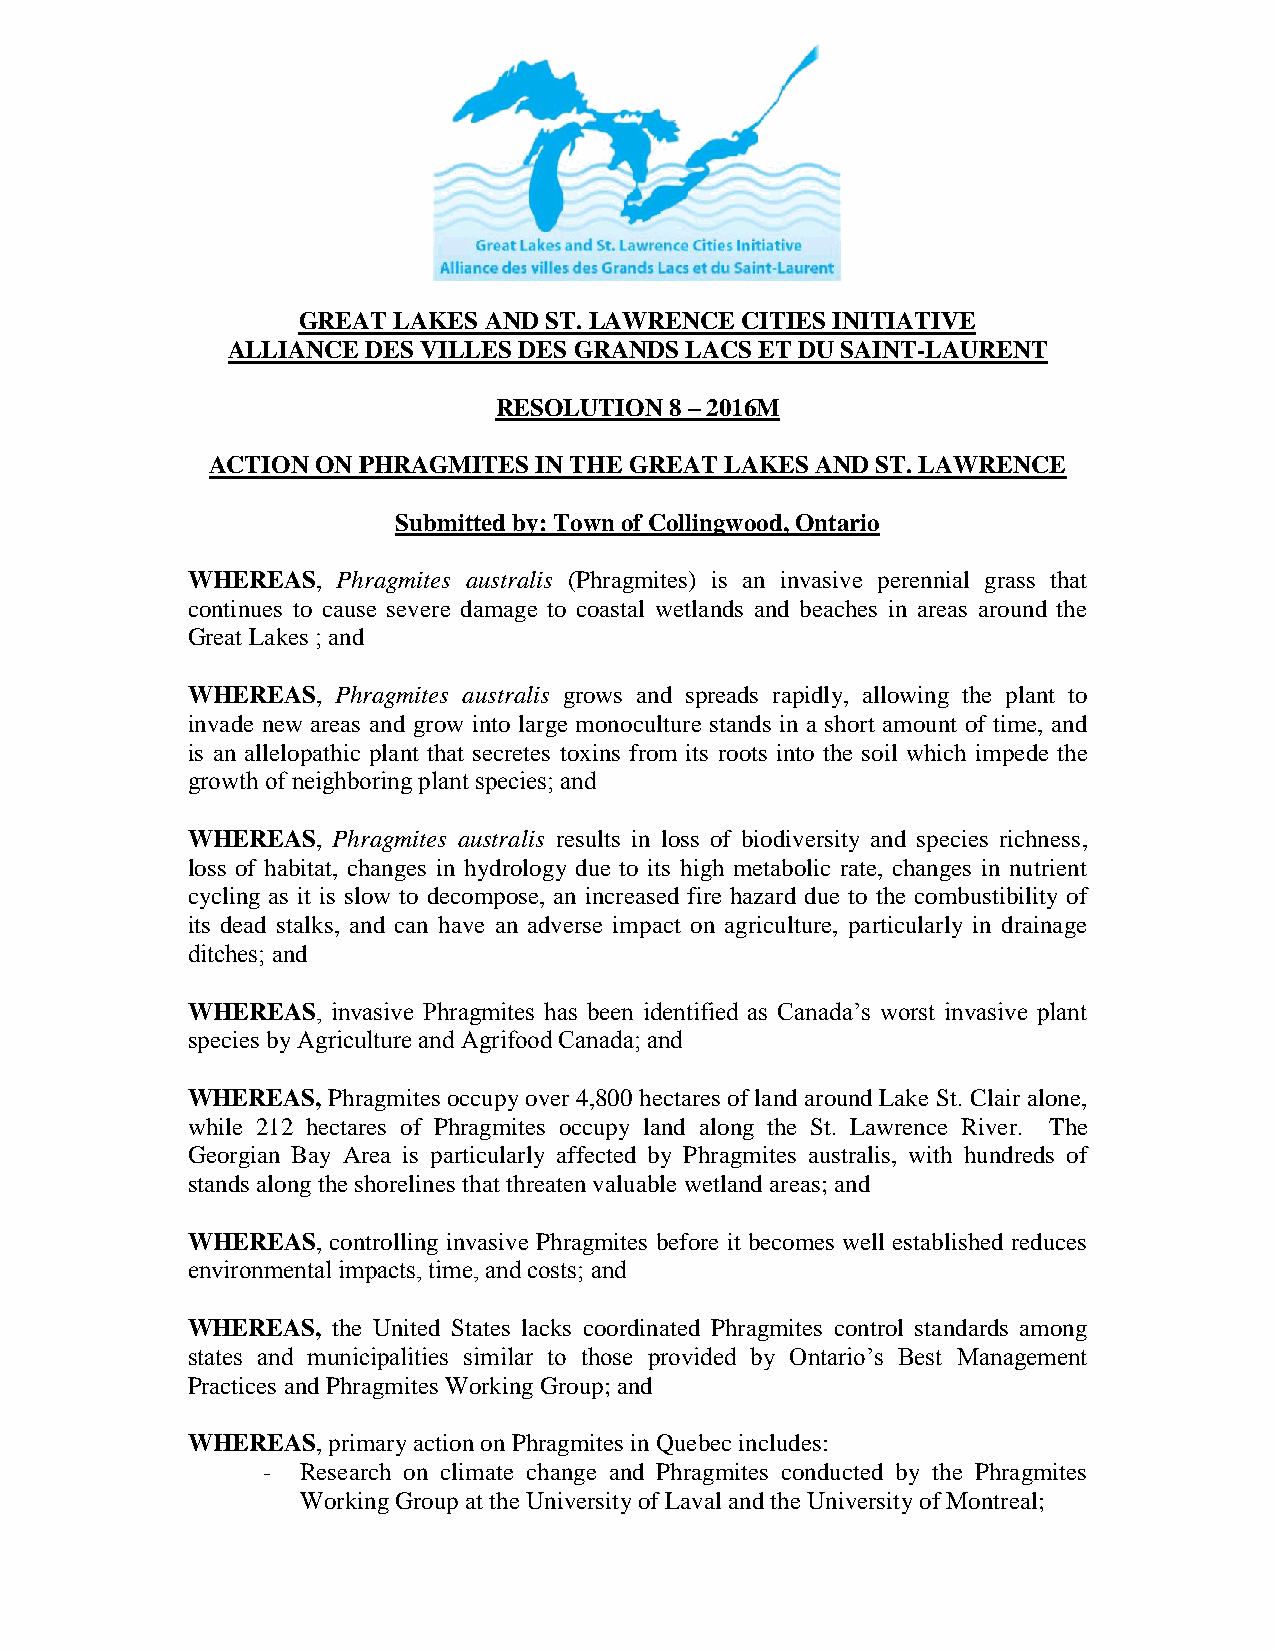
GREAT LAKES AND ST. LAWRENCE CITIES INITIATIVE
 ALLIANCE DES VILLES DES GRANDS LACS ET DU SAINT-LAURENT
 RESOLUTION 8 – 2016M
 ACTION ON PHRAGMITES IN THE GREAT LAKES AND ST. LAWRENCE
 Submitted by: Town of Collingwood, Ontario
 WHEREAS,  Phragmites australis (Phragmites) is an invasive perennial grass that
 continues to cause severe damage to coastal wetlands and beaches in areas around the
 Great Lakes ; and
 WHEREAS,  Phragmites australis grows and spreads rapidly, allowing the plant to
 invade new areas and grow into large monoculture stands in a short amount of time, and
 is an allelopathic plant that secretes toxins from its roots into the soil which impede the
 growth of neighboring plant species; and
 WHEREAS,  Phragmites australis results in loss of biodiversity and species richness,
 loss of habitat, changes in hydrology due to its high metabolic rate, changes in nutrient
 cycling as it is slow to decompose, an increased fire hazard due to the combustibility of
 its dead stalks, and can have an adverse impact on agriculture, particularly in drainage
 ditches; and
 WHEREAS,  invasive Phragmites has been identified as Canada’s worst invasive plant
 species by Agriculture and Agrifood Canada; and
 WHEREAS,  Phragmites occupy over 4,800 hectares of land around Lake St. Clair alone,
 while 212 hectares of Phragmites occupy land along the St. Lawrence River. The
 Georgian Bay Area is particularly affected by Phragmites australis, with hundreds of
 stands along the shorelines that threaten valuable wetland areas; and
 WHEREAS,  controlling invasive Phragmites before it becomes well established reduces
 environmental impacts, time, and costs; and
 WHEREAS,  the United States lacks coordinated Phragmites control standards among
 states and municipalities similar to those provided by Ontario’s Best Management
 Practices and Phragmites Working Group; and
 WHEREAS,  primary action on Phragmites in Quebec includes:
 -  Research on climate change and Phragmites conducted by the Phragmites
 Working Group at the University of Laval and the University of Montreal;